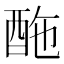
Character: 𨠑